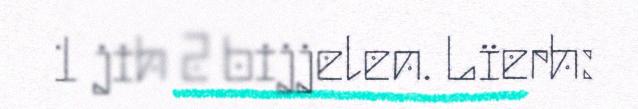
1 jih 2 bijjelen. Lïerh: